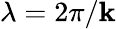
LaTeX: \lambda=2\pi/\mathbf{k}